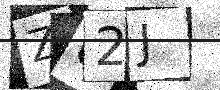
Text: Z02J